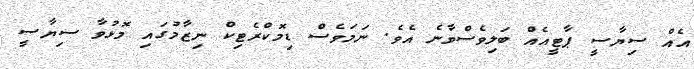
އެއް ސިޔާސީ ޕާޓީއެއް ބަލިވެސްވާނެ އެވެ. ނަމަވެސް ޑިމޮކްރެޓިކް ނިޒާމުގައި މޮޅުވާ ސިޔާސީ